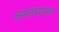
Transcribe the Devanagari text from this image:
अवलंबायचा